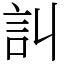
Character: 訆